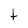
Character: t